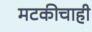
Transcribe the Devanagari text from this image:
मटकीचाही